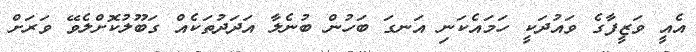
އެއީ ވަޒީފާގެ ވައުދަކީ ހަމައެކަނި އަނގަ ބަހުން ބުނެލާ އަދަދުތަކެއް ގަބޫލުކޮށްލެވޭ ވަރަށް